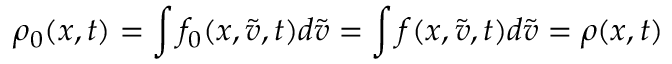
\rho _ { 0 } ( x , t ) = \int f _ { 0 } ( x , \tilde { v } , t ) d \tilde { v } = \int f ( x , \tilde { v } , t ) d \tilde { v } = \rho ( x , t )